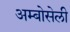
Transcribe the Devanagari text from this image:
अम्बोसेली